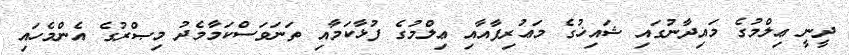
ދީނީ ޢިލްމުގެ މައިދާނުގައި ޝައިޚުގެ މަޢުރިފާއާއި ޢިލްމުގެ ފުޅާކަމާއި ތަނަވަސްކަމާމެދު މިޞްރުގެ އެންމެހައި